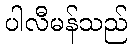
ပါလီမန်သည်